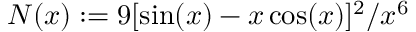
N ( x ) : = 9 [ \sin ( x ) - x \cos ( x ) ] ^ { 2 } / x ^ { 6 }